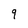
Character: 9